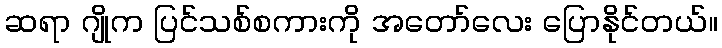
ဆရာ ဂျိုက ပြင်သစ်စကားကို အတော်လေး ပြောနိုင်တယ်။